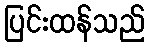
ပြင်းထန်သည်